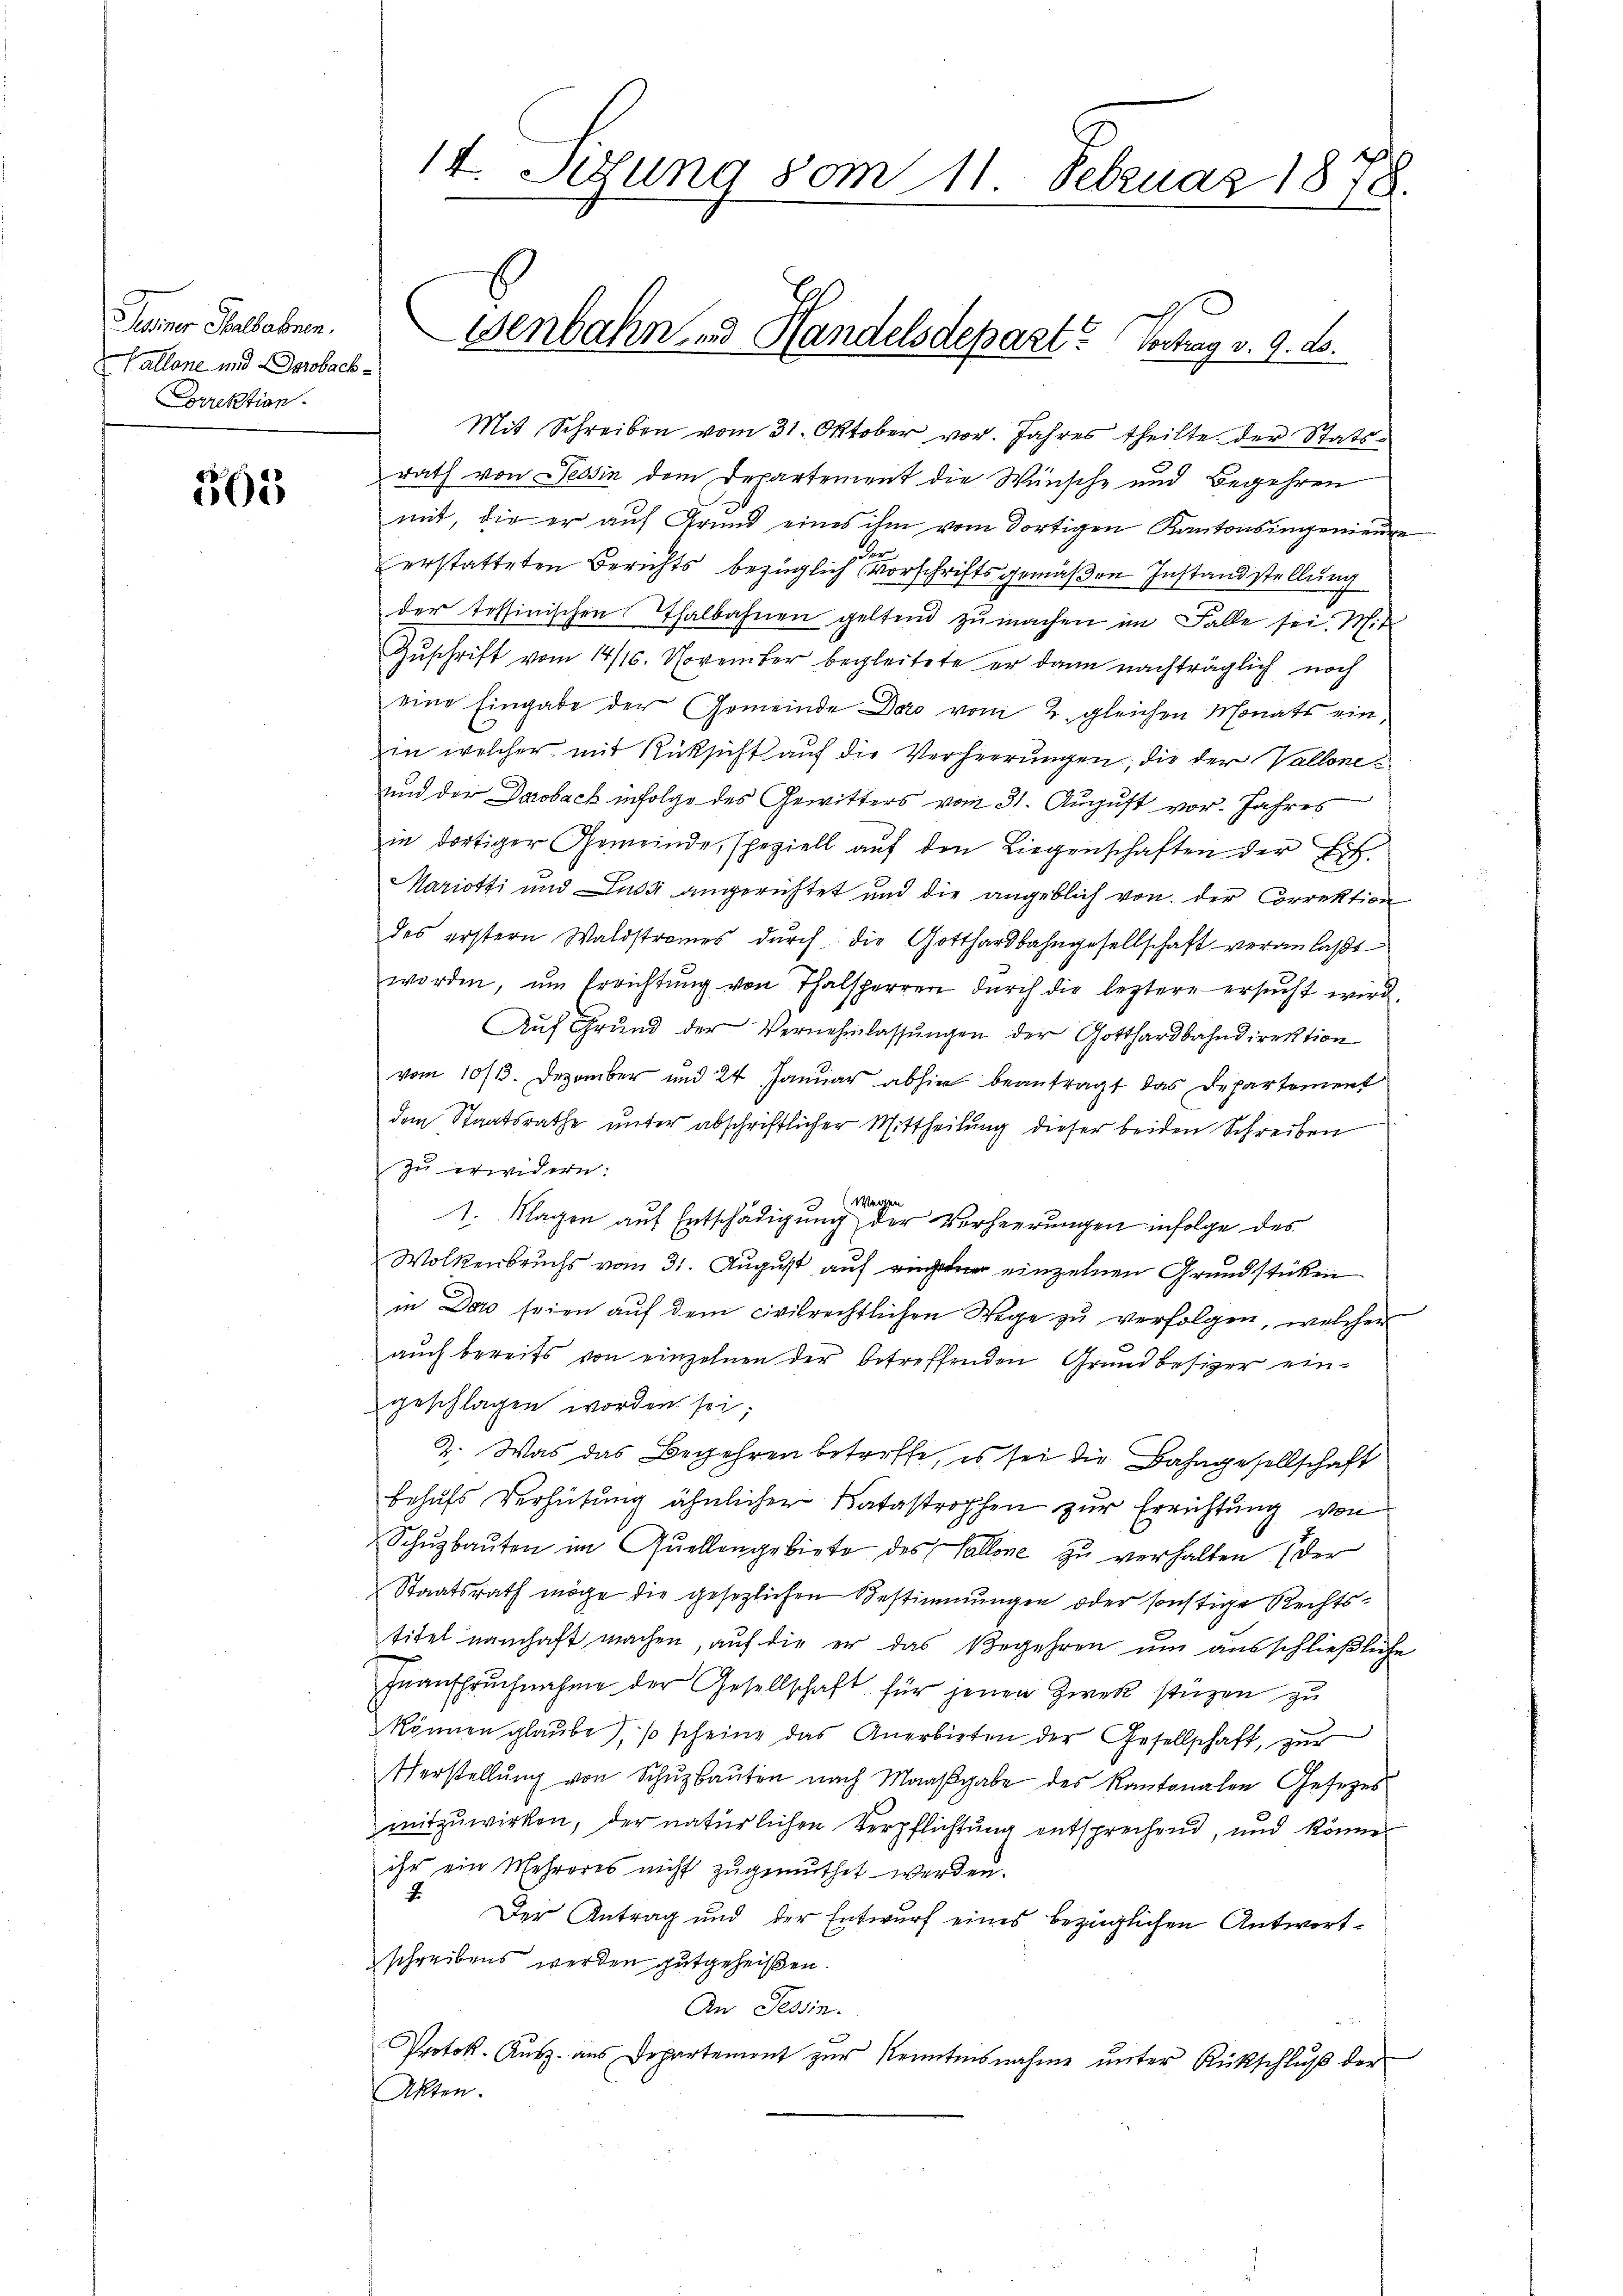
Desiner Halbahren.
Vallone und Beobach¬
Correktion.

563

14. Setzung vom 11. Februar 1878.

Mit Schreiben vom 31. Oktober vor. Jahres theilte der Statsrath von Tessin dem Departement die Wünsche und Begehren
mit, die er auf Grund eines ihm vom dortigen Kantonsingenieure
3
erstatteten Berichts bezüglich vorschriftsgemäßen Instandstellung
der tessinischen Thalbahnen geltend zu machen im Falle sei. Mit
Zŭschrift vom 14/16. November begleitete er dann nachträglich noch
eine Eingabe der Gemeinde Daro vom 2. gleichen Monats einin welcher mit Rüksicht auf die Verheerungen; die der Vallone¬
und der Darobach infolge des Gewitters vom 31. August vor. Jahres
in dortiger Gemeinde, speziell auf den Liegenschaften der Ein¬
Mariotti und Justi angerichtet und die angeblich von der Correktion
des erstern Waldstrames dŭrch die Gotthardbahngesellschaft veranlaβt
worden, ŭm Errichtŭng von Thalsperren dŭrch die leztere ersŭcht wird.
Auf Grŭnd der Vernehmlassŭngen der Gotthardbahndirektion
vom 10/13. Dezember und 24 Januar abhin beantragt das Departement
dem Staatsrathe unter abschriftlicher Mittheilung dieser beiden Schreiben
zu erwidern:
Werge
1. Magen auf Entschädigung der Verheerungen infolge des
Wolkenbruchs vom 31. August auf einzelnen Grundstücken
in Dans seien aŭf dem civilrechtlichen Wege zŭ verfolgen, welcher
auch bereits von einzelnen der betreffenden Grundbesizer eingeschlagen worden sei;
2. Was das Begehren betreffe, es sei die Bahngesellschaft
behufs Verhütung ähnlicher Katastrophen zur Errichtung von
Schŭzbauten im Quellengebiete des Vallone zu verhalten (der
Staatsrath möge die gesezlichen Bestimmungen oder sonstige Rechtstitel namhaft machen, auf die er das Begehren um ausschließliche
Inanspruchnahme der Gesellschaft für jenen Zwek stüzen zu
können glaube, so scheine das Anerbieten der Gesellschaft, zur
Verstellŭng von Schŭbaŭten nach Maaβgabe des Kantonalen Gesezes
mitzuwirken, der natürlichen Verpflichtung entsprechend, und könne
ihr ein Mehreres nicht zugemuthet werden.
7.
Der Antrag und der Entwurf eines bezüglichen Antwortschreibens werden gutgeheißen.
An Tessin.
t
Protok. Aŭsz. aus Departement zŭr Kenntnisnahme ŭnter Rückschlŭβ der
Akten.

Senbahn und Handelsdepart? Vortrag v. 9. ds.